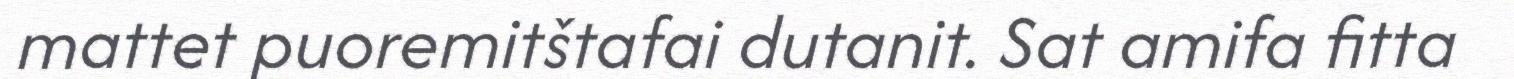
mattet puoremitštafai dutanit. Sat amifa fitta